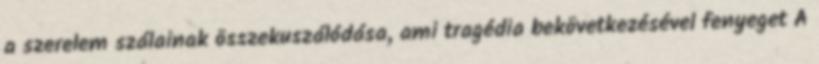
a szerelem szálainak összekuszálódása, ami tragédia bekövetkezésével fenyeget A